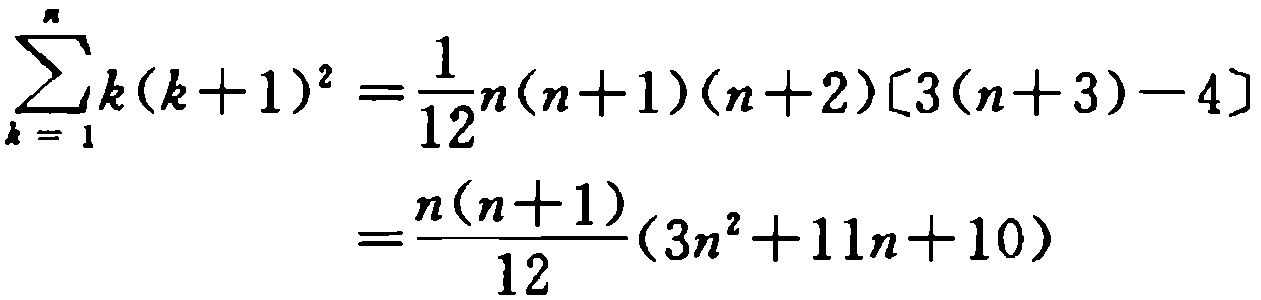
\[\begin{align*}

\sum_{k = 1}^{n}k(k + 1)^{2}&=\frac{1}{12}n(n + 1)(n + 2)[3(n + 3)-4]\\

&=\frac{n(n + 1)}{12}(3n^{2}+11n + 10)

\end{align*}\]